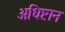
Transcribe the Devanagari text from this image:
अधिष्टान